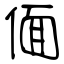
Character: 偭